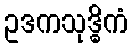
ဥဒကသုဒ္ဓိကံ